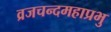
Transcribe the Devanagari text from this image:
व्रजचन्दमहाप्रभु